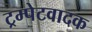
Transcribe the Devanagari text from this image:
ट्रम्पेटवादक